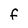
Character: F